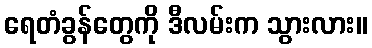
ရေတံခွန်တွေကို ဒီလမ်းက သွားလား။